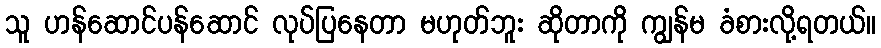
သူ ဟန်ဆောင်ပန်ဆောင် လုပ်ပြနေတာ မဟုတ်ဘူး ဆိုတာကို ကျွန်မ ခံစားလို့ရတယ်။